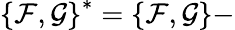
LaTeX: \left\{ {\cal F},{\cal G}\right\} ^{*}=\left\{ {\cal F},{\cal G}\right\} -